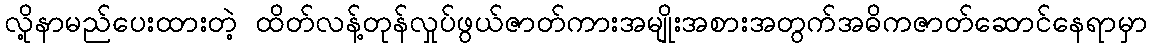
လို့နာမည်ပေးထားတဲ့ ထိတ်လန့်တုန်လှုပ်ဖွယ်ဇာတ်ကားအမျိုးအစားအတွက်အဓိကဇာတ်ဆောင်နေရာမှာ